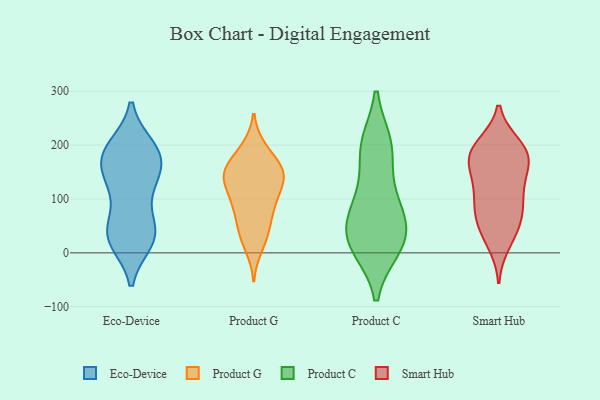
{"axis": {"x": "Production Output", "y": "Value"}, "legend": ["Eco-Device", "Product C", "Product G", "Smart Hub"], "data": [{"x": "", "y": 45, "type": "Eco-Device"}, {"x": "", "y": 42, "type": "Eco-Device"}, {"x": "", "y": 21, "type": "Eco-Device"}, {"x": "", "y": 23, "type": "Eco-Device"}, {"x": "", "y": 166, "type": "Eco-Device"}, {"x": "", "y": 182, "type": "Eco-Device"}, {"x": "", "y": 180, "type": "Eco-Device"}, {"x": "", "y": 154, "type": "Eco-Device"}, {"x": "", "y": 123, "type": "Eco-Device"}, {"x": "", "y": 194, "type": "Eco-Device"}, {"x": "", "y": 51, "type": "Eco-Device"}, {"x": "", "y": 195, "type": "Eco-Device"}, {"x": "", "y": 119, "type": "Eco-Device"}, {"x": "", "y": 197, "type": "Eco-Device"}, {"x": "", "y": 124, "type": "Eco-Device"}, {"x": "", "y": 161, "type": "Eco-Device"}, {"x": "", "y": 35, "type": "Eco-Device"}, {"x": "", "y": 21, "type": "Eco-Device"}, {"x": "", "y": 193, "type": "Product G"}, {"x": "", "y": 147, "type": "Product G"}, {"x": "", "y": 168, "type": "Product G"}, {"x": "", "y": 138, "type": "Product G"}, {"x": "", "y": 148, "type": "Product G"}, {"x": "", "y": 129, "type": "Product G"}, {"x": "", "y": 118, "type": "Product G"}, {"x": "", "y": 86, "type": "Product G"}, {"x": "", "y": 42, "type": "Product G"}, {"x": "", "y": 151, "type": "Product G"}, {"x": "", "y": 48, "type": "Product G"}, {"x": "", "y": 10, "type": "Product G"}, {"x": "", "y": 151, "type": "Product G"}, {"x": "", "y": 76, "type": "Product G"}, {"x": "", "y": 97, "type": "Product G"}, {"x": "", "y": 26, "type": "Product G"}, {"x": "", "y": 147, "type": "Product G"}, {"x": "", "y": 91, "type": "Product G"}, {"x": "", "y": 195, "type": "Product G"}, {"x": "", "y": 194, "type": "Product C"}, {"x": "", "y": 100, "type": "Product C"}, {"x": "", "y": 200, "type": "Product C"}, {"x": "", "y": 102, "type": "Product C"}, {"x": "", "y": 12, "type": "Product C"}, {"x": "", "y": 196, "type": "Product C"}, {"x": "", "y": 64, "type": "Product C"}, {"x": "", "y": 28, "type": "Product C"}, {"x": "", "y": 24, "type": "Product C"}, {"x": "", "y": 49, "type": "Product C"}, {"x": "", "y": 11, "type": "Product C"}, {"x": "", "y": 48, "type": "Smart Hub"}, {"x": "", "y": 39, "type": "Smart Hub"}, {"x": "", "y": 91, "type": "Smart Hub"}, {"x": "", "y": 178, "type": "Smart Hub"}, {"x": "", "y": 90, "type": "Smart Hub"}, {"x": "", "y": 169, "type": "Smart Hub"}, {"x": "", "y": 166, "type": "Smart Hub"}, {"x": "", "y": 200, "type": "Smart Hub"}, {"x": "", "y": 59, "type": "Smart Hub"}, {"x": "", "y": 85, "type": "Smart Hub"}, {"x": "", "y": 196, "type": "Smart Hub"}, {"x": "", "y": 17, "type": "Smart Hub"}, {"x": "", "y": 187, "type": "Smart Hub"}, {"x": "", "y": 112, "type": "Smart Hub"}, {"x": "", "y": 191, "type": "Smart Hub"}, {"x": "", "y": 144, "type": "Smart Hub"}, {"x": "", "y": 137, "type": "Smart Hub"}]}